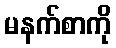
မနက်စာကို